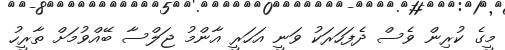
މީގެ ކުރިން ވެސް ދެފަހަރަކު ވަނީ އަހަރީ އާންމު ޖަލްސާ ބޭއްވުމަށް ތާރީހު